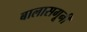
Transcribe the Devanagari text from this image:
बालासगूनी